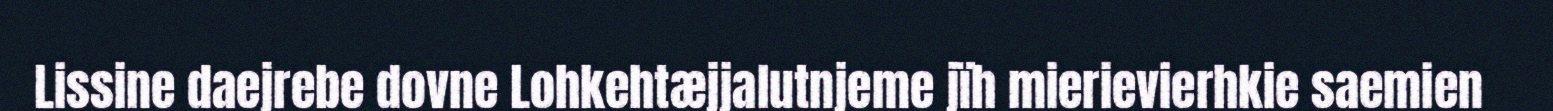
Lissine daejrebe dovne Lohkehtæjjalutnjeme jïh mierievierhkie saemien